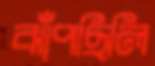
ঝাঁপছিলি